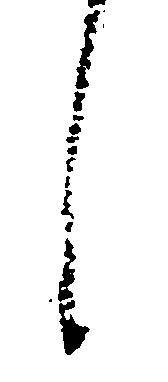
し